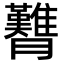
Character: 𦣊